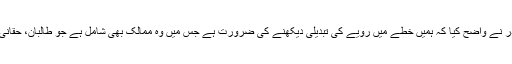
ڈان نیوز کے مطابق مک ماسٹر کا یہ بھی کہنا تھا کہ امریکی صدر نے واضح کیا کہ ہمیں خطے میں رویے کی تبدیلی دیکھنے کی ضرورت ہے جس میں وہ ممالک بھی شامل ہے جو طالبان، حقانی نیٹ ورک اور دیگر تنظیموں کو محفوظ پناہ گاہیں مہیا کرتے ہیں۔